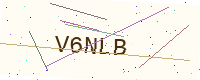
Text: V6NLB